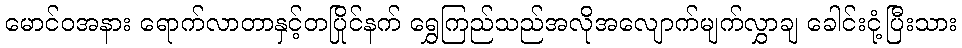
မောင်ဝအနား ရောက်လာတာနှင့်တပြိုင်နက် ရွှေကြည်သည်အလိုအလျောက်မျက်လွှာချ ခေါင်းငုံ့ပြီးသား